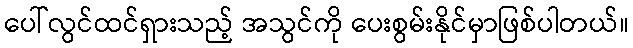
ပေါ်လွင်ထင်ရှားသည့် အသွင်ကို ပေးစွမ်းနိုင်မှာဖြစ်ပါတယ်။